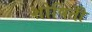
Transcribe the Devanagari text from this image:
शोषितोँ